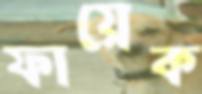
ফায়েক